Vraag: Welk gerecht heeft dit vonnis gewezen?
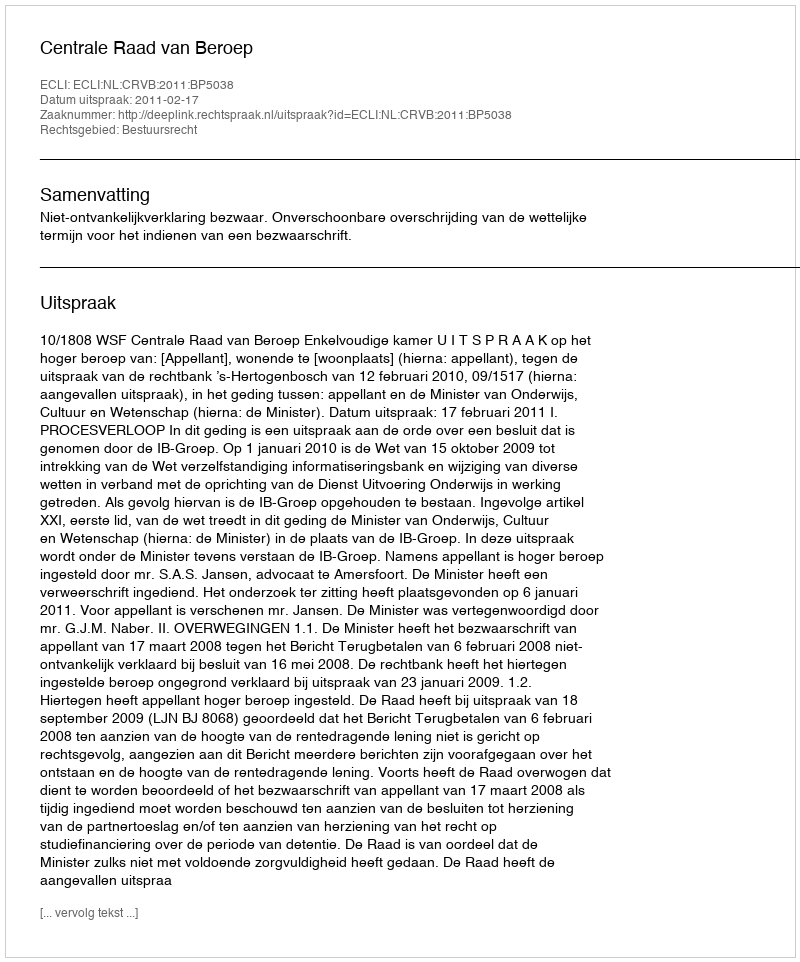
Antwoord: Centrale Raad van Beroep